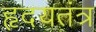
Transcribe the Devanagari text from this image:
हृदयतंत्र